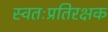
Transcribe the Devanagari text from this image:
स्वतःप्रतिरक्षक